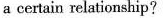
a certain relationship?"